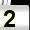
Digit: 2